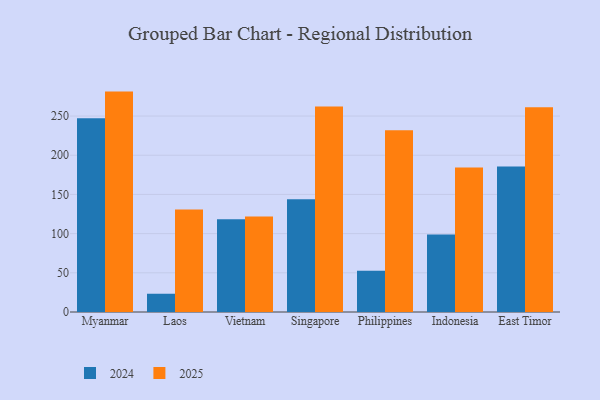
{"axis": {"x": "Country", "y": "Energy Usage (MWh)"}, "legend": ["2024", "2025"], "data": [{"x": "Myanmar", "y": 247.3, "type": "2024"}, {"x": "Myanmar", "y": 281.2, "type": "2025"}, {"x": "Laos", "y": 23.3, "type": "2024"}, {"x": "Laos", "y": 130.9, "type": "2025"}, {"x": "Vietnam", "y": 118.4, "type": "2024"}, {"x": "Vietnam", "y": 122.0, "type": "2025"}, {"x": "Singapore", "y": 144.0, "type": "2024"}, {"x": "Singapore", "y": 262.3, "type": "2025"}, {"x": "Philippines", "y": 52.6, "type": "2024"}, {"x": "Philippines", "y": 232.0, "type": "2025"}, {"x": "Indonesia", "y": 99.0, "type": "2024"}, {"x": "Indonesia", "y": 184.5, "type": "2025"}, {"x": "East Timor", "y": 185.5, "type": "2024"}, {"x": "East Timor", "y": 261.1, "type": "2025"}]}